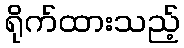
ရိုက်ထားသည့်